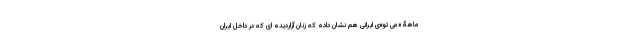
ماهۀ «می تو»ی ایرانی هم نشان داده که زنان آزاردیده ای که در داخل ایران